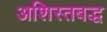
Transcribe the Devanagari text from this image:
अशिस्तबद्ध